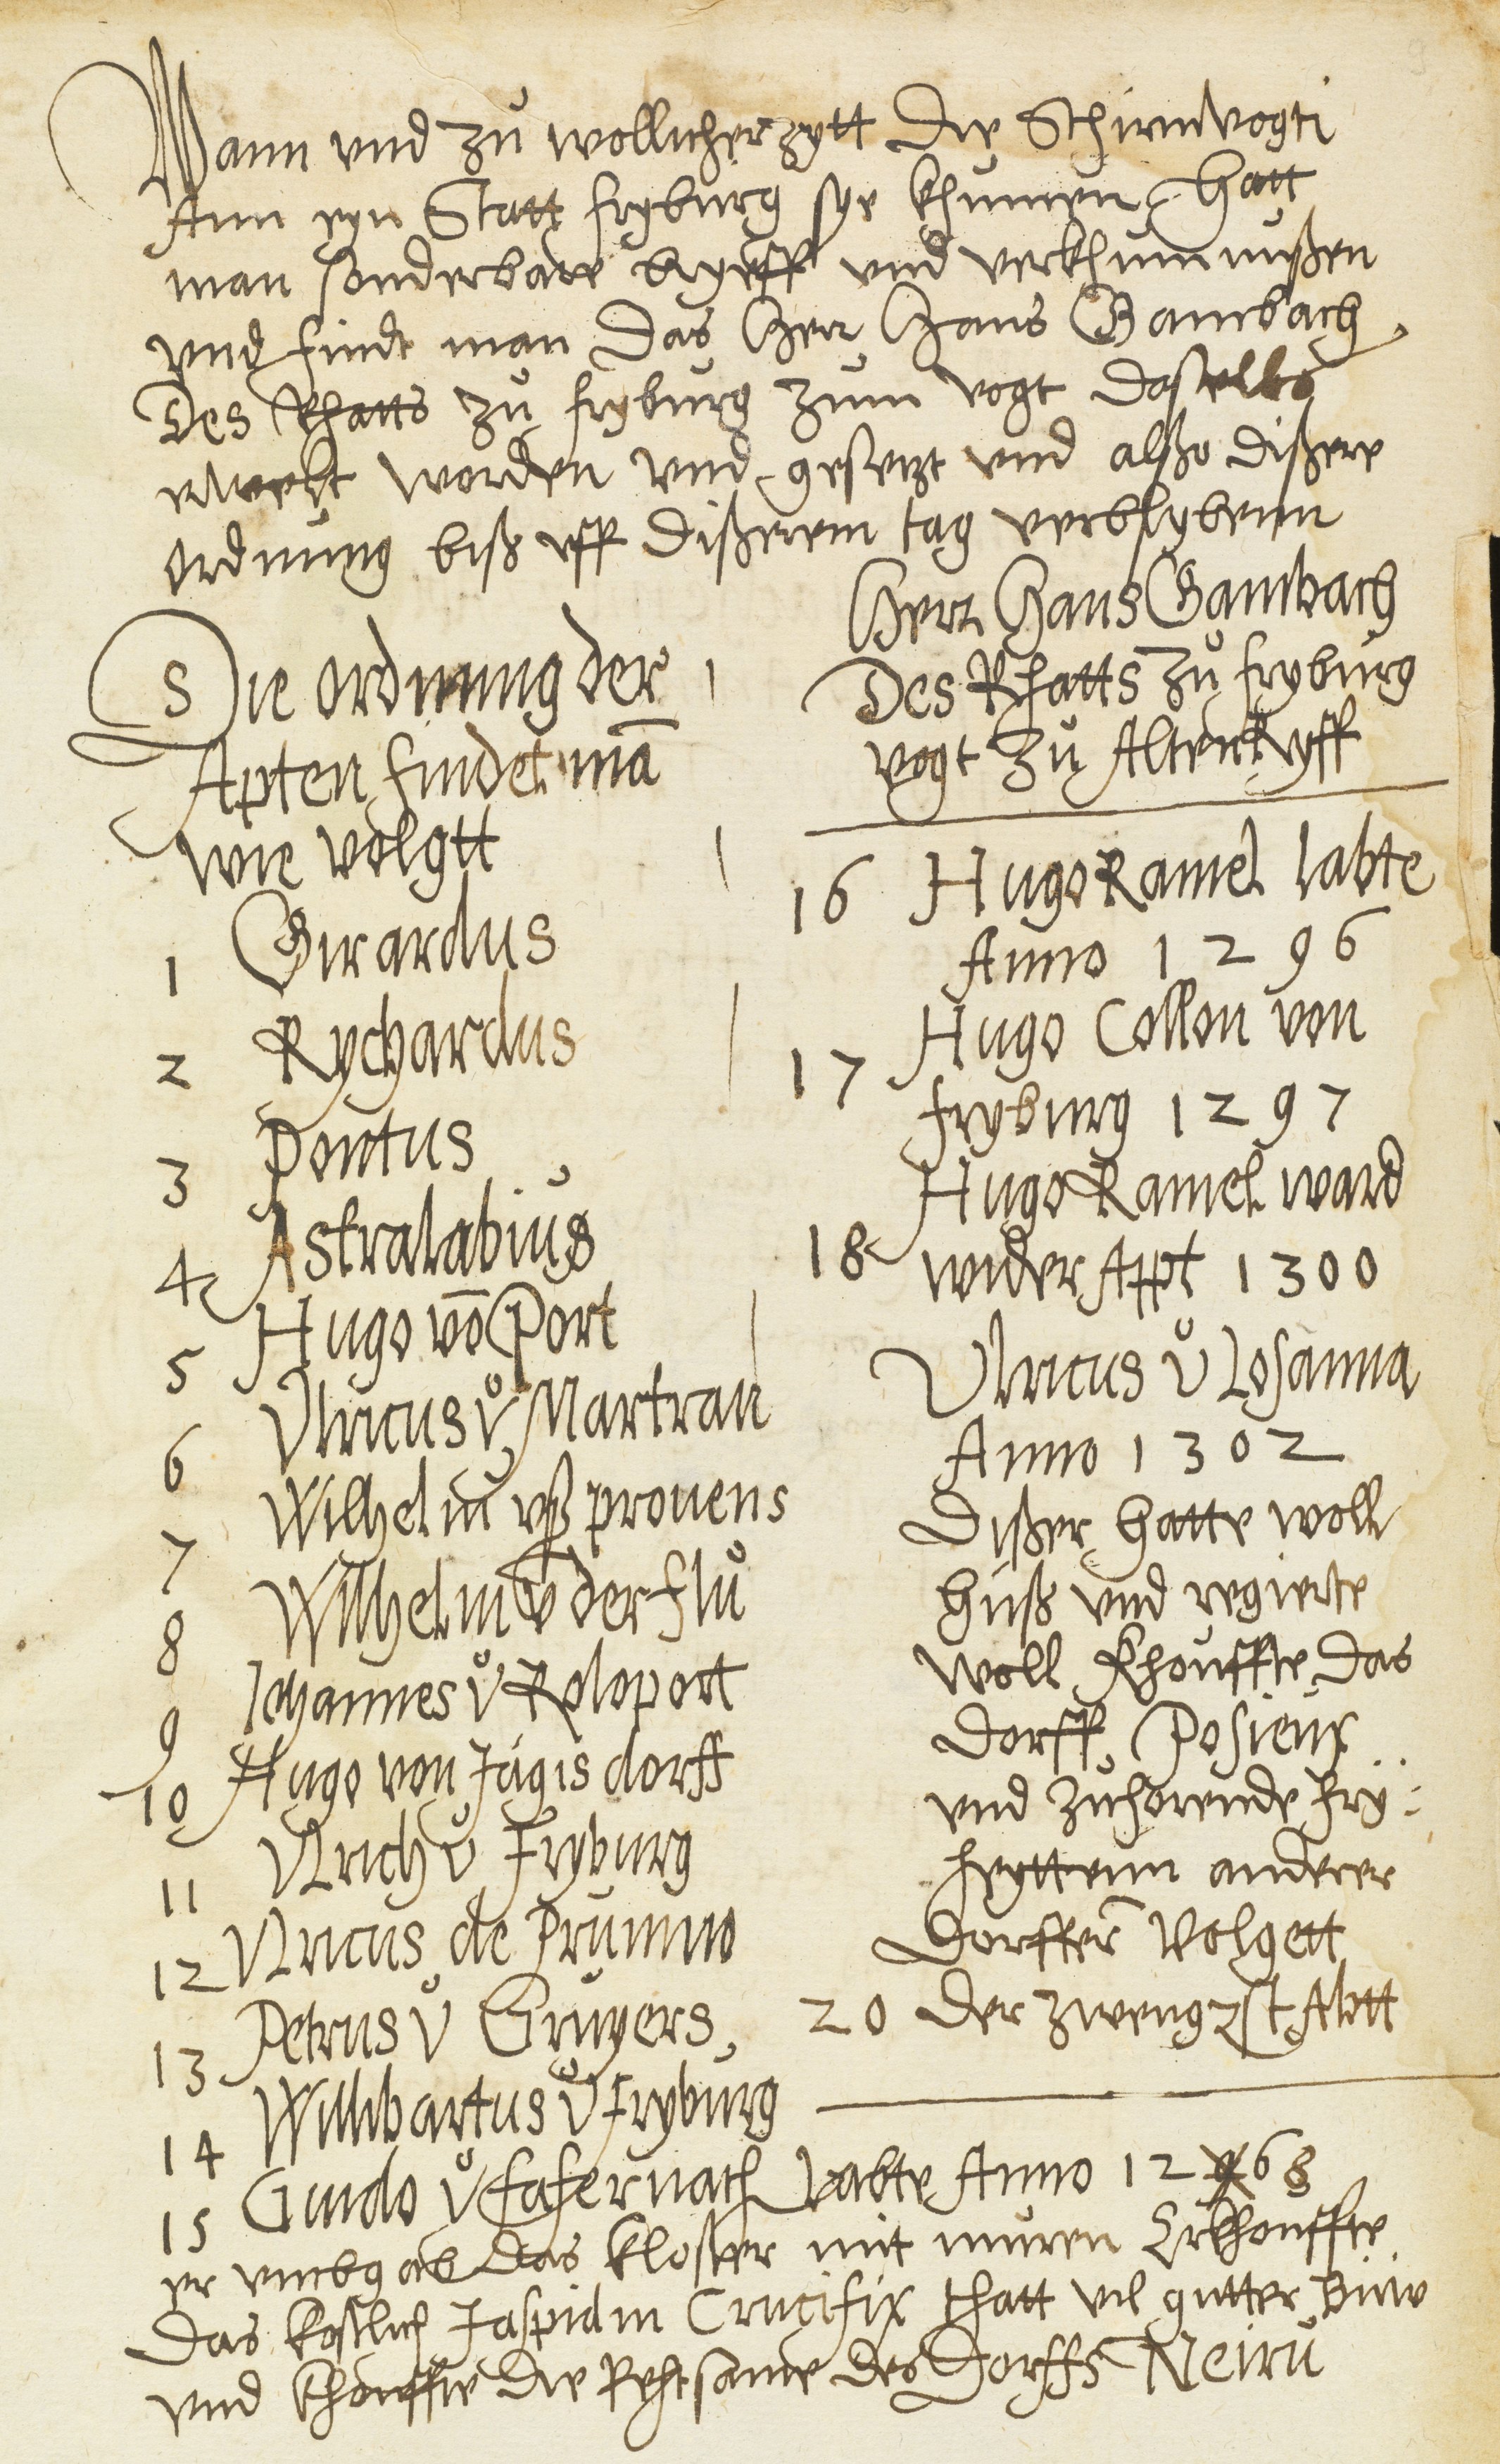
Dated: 1600–1630